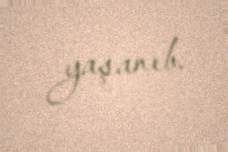
yaşanıb.